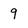
Character: 9